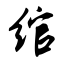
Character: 绾